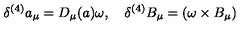
\delta ^ { ( 4 ) } a _ { \mu } = D _ { \mu } ( a ) \omega , \quad \delta ^ { ( 4 ) } B _ { \mu } = ( \omega \times B _ { \mu } )